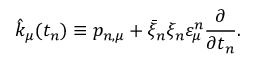
\hat { k } _ { \mu } ( t _ { n } ) \equiv p _ { n , \mu } + \bar { \xi } _ { n } \xi _ { n } \varepsilon _ { \mu } ^ { n } \frac { \partial } { { \partial t _ { n } } } .